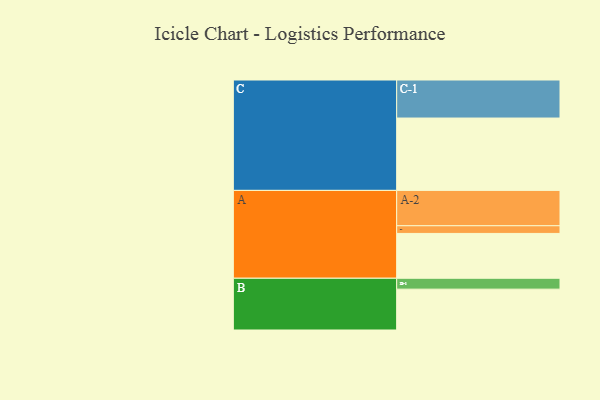
{"axis": {"x": "Segment", "y": "Value"}, "legend": ["", "A", "B", "C"], "data": [{"x": "A", "y": 350, "type": ""}, {"x": "B", "y": 319, "type": ""}, {"x": "C", "y": 565, "type": ""}, {"x": "A-1", "y": 60, "type": "A"}, {"x": "A-2", "y": 276, "type": "A"}, {"x": "B-1", "y": 85, "type": "B"}, {"x": "C-1", "y": 297, "type": "C"}]}